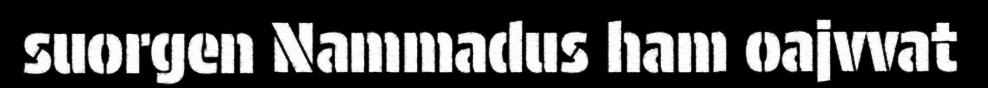
suorgen Nammadus ham oajvvat